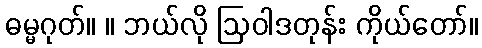
ဓမ္မဂုတ်။ ။ ဘယ်လို ဩဝါဒတုန်း ကိုယ်တော်။